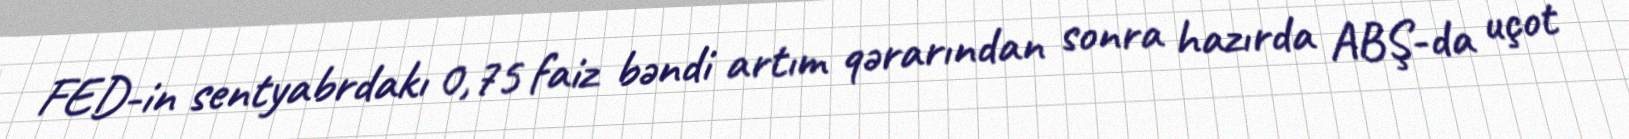
FED-in sentyabrdakı 0,75 faiz bəndi artım qərarından sonra hazırda ABŞ-da uçot